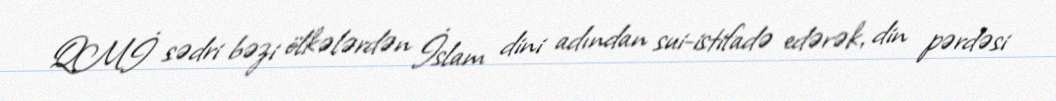
QMİ sədri bəzi ölkələrdən İslam dini adından sui-istifadə edərək, din pərdəsi